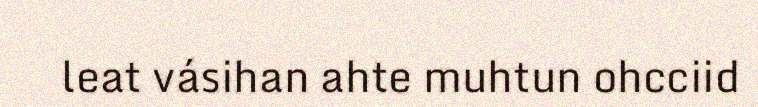
leat vásihan ahte muhtun ohcciid